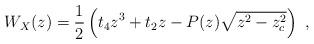
LaTeX: \begin{align*}W_X(z)=\frac{1}{2}\left(t_4z^3+t_2z-P(z)\sqrt{z^2-z_c^2}\right)\ ,\end{align*}